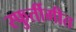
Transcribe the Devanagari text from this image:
स्फुर्तीगीत